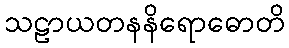
သဠာယတနနိရောဓောတိ